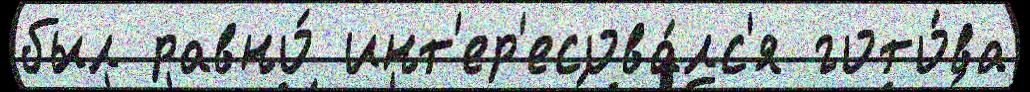
был равно́ инт'ер'есова́лс'я гото́ва